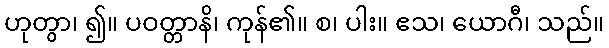
ဟုတွာ၊ ၍။ ပဝတ္တာနိ၊ ကုန်၏။ စ၊ ပါး။ ဧသ၊ ယောဂီ၊ သည်။